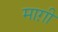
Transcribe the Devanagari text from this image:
माग़ी